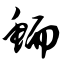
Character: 鲕